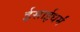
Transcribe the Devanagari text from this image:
ईसाईधर्मं